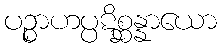
ပဉ္စာဟပ္ပဋိစ္ဆန္နာယော